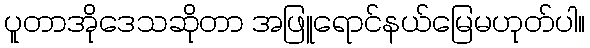
ပူတာအိုဒေသဆိုတာ အဖြူရောင်နယ်မြေမဟုတ်ပါ။